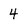
Character: 4